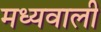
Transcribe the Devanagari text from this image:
मध्यवाली